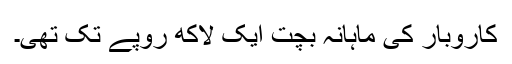
کاروبار کی ماہانہ بچت ایک لاکھ روپے تک تھی۔